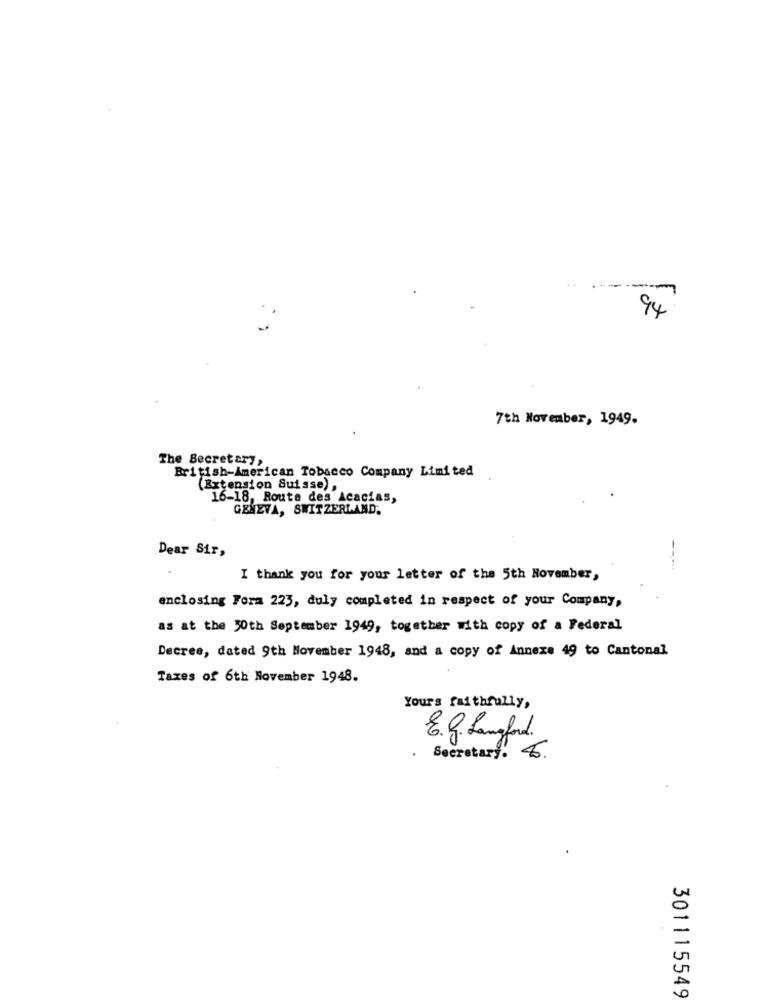
94
7th November, 1949.
The Secretary,
British-American Tobacco Company Limited
(Extension Suisse) ,
16-18, Route des Acacias,
GENEVA, SWITZERLAND,
Dear Sir,
--
I thank you for your letter of the 5th November,
enclosing Form 223, duly completed in respect of your Company,
as at the 10th September 1949, together with copy of a Federal
Decree, dated 9th November 1948, and a copy of Annexe 49 to Cantonal
Taxes of 6th November 1948.
Yours faithfully,
E.g. Langford.
Secretary. 8.
301115549